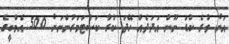
އަށް ވުރެ ކުޑަ ނޫން އަދަދެއް ހޭދަ ކުރާ ކަސްޓަމަރުންނަށް 500 އެމްބީގެ